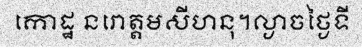
កោដ្ឋ នរោត្តមសីហនុ។ល្ងាចថ្ងៃទី